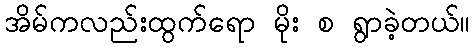
အိမ်ကလည်းထွက်ရော မိုး စ ရွာခဲ့တယ်။